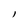
Character: l